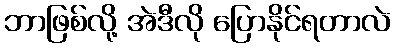
ဘာဖြစ်လို့ အဲဒီလို ပြောနိုင်ရတာလဲ